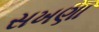
સખણા